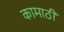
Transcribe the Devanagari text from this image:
कामाठी